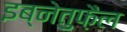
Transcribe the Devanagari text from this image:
इब्नेतुफ़ैल